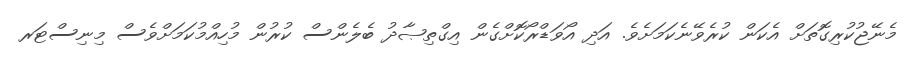
މެނޭޖުކުރިގޮތަށް އެކަން ކުރެވޭނެކަމަށެވެ. އަދި އޯވަޑްރޯކޮށްގެން އިގްތިޞާދު ބެލެންސް ކުރުން މުހިއްމުކަމަށްވެސް މިނިސްޓަރ